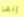
إنها